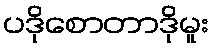
ပဒိုစောတာဒိုမူး